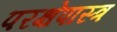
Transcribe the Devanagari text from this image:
परक्षेपास्त्र